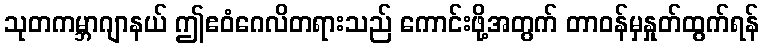
သုတကမ္ဘာဂျာနယ် ဤဧဝံဂေလိတရားသည် ကောင်းဖို့အတွက် တာဝန်မှနှုတ်ထွက်ရန်